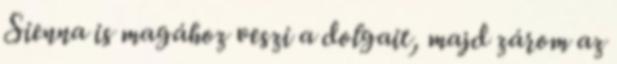
Sienna is magához veszi a dolgait, majd zárom az